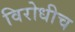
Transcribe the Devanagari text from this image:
विरोधीच